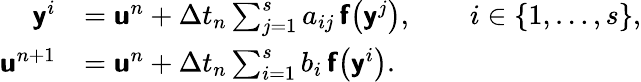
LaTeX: \begin{array}{rl}{\mathbf{\boldsymbol{\mathsf{y}}}^{i}}&{=\mathbf{\boldsymbol{\mathsf{u}}}^{n}+\Delta t_{n}\sum_{j=1}^{s}a_{ij}\, \mathbf{\boldsymbol{\mathsf{f}}}\bigl(\mathbf{\boldsymbol{\mathsf{y}}}^{j}\bigr),\qquad i\in\{ 1,\dots,s\} ,}\\ {\mathbf{\boldsymbol{\mathsf{u}}}^{n+1}}&{=\mathbf{\boldsymbol{\mathsf{u}}}^{n}+\Delta t_{n}\sum_{i=1}^{s}b_{i}\, \mathbf{\boldsymbol{\mathsf{f}}}\bigl(\mathbf{\boldsymbol{\mathsf{y}}}^{i}\bigr).}\end{array}